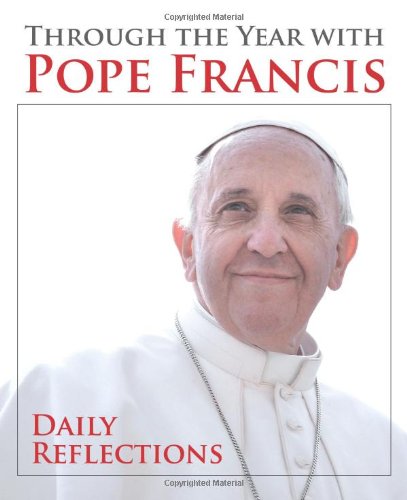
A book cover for Through the Year with Pope Francis: Daily Reflections; Pope Francis; Christian Books & Bibles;